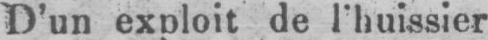
D’un exploit de l’huissier